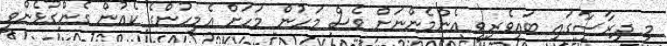
މި ދިރާސާގައި ބައިވެރިވީ އެންމެންނަށް ވެސް މަހުން މަހަށް އެމީހުންގެ ކެއުން ގެންގުޅެންވީ